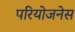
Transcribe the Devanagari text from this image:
परियोजनेस